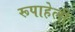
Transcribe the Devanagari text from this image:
रूपाहेली